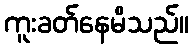
ကူးခတ်နေမိသည်။